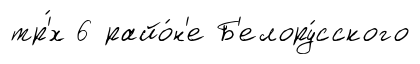
тр'́х 6 райо́н'е Б'елору́сского